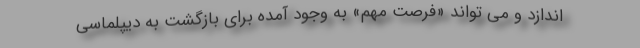
اندازد و می تواند «فرصت مهم» به وجود آمده برای بازگشت به دیپلماسی